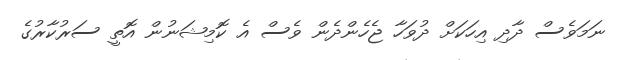
ނަމަވެސް ދާދި އިހަކަށް ދުވަހާ ޖެހެންދެން ވެސް އެ ކޮމިޝަނުން އޮތީ ސަރުކާރުގެ